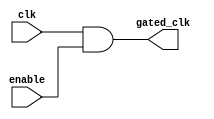
module clock_gating_cell (
    input wire clk,       // Original Clock Signal
    input wire enable,    // Gating Signal (Enable Signal)
    output wire gated_clk // Gated Clock Output
);
    assign gated_clk = clk & enable; // Gated Clock Logic
endmodule